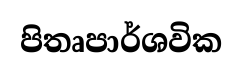
පිතෘපාර්ශවික